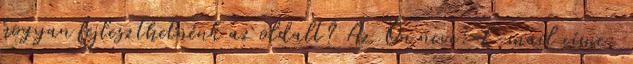
hogyan fejleszthetnénk az oldalt? Az Ön neve: E-mail címe: